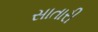
સાતારી